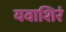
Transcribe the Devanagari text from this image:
यवाशिरं